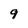
Character: 9